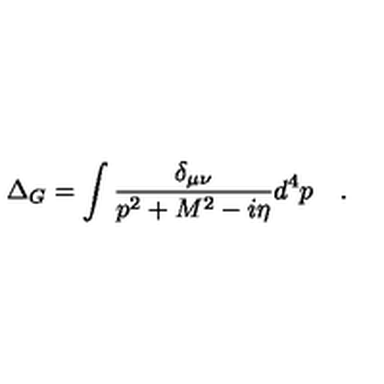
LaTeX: \Delta _ { G } = \int { \frac { \delta _ { \mu \nu } } { p ^ { 2 } + M ^ { 2 } - i \eta } } d ^ { 4 } p \quad .